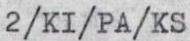
2/KI/PA/KS